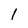
Character: 1